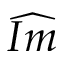
\widehat { I m }